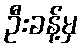
ဦးခန့်မှ